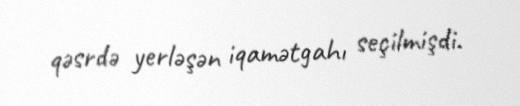
qəsrdə yerləşən iqamətgahı seçilmişdi.